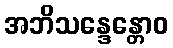
အဘိသန္ဒေန္တောဝ